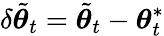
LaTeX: \delta\tilde{{\boldsymbol{\theta}}}_{t}=\tilde{{\boldsymbol{\theta}}}_{t}-{\boldsymbol{\theta}}_{t}^{*}